Civil Veterinary Department Bihar & Orissa reports 1922-29 - 1922-1929
Year: 1922
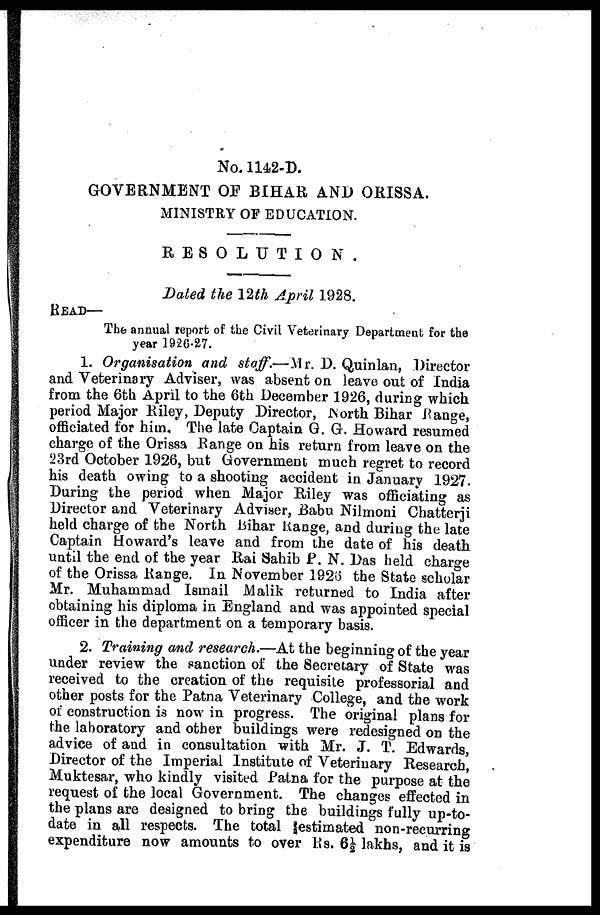
No. 1142-D.
GOVERNMENT OF BIHAR AND ORISSA.
MINISTRY OF EDUCATION.
RESOLUTION.
Dated the 12th April 1928.
READ—
The annual report of the Civil Veterinary Department for the
year 1926-27.
1. Organisation and staff.—Mr. D. Quinlan, Director
and Veterinary Adviser, was absent on leave out of India
from the 6th April to the 6th December 1926, during which
period Major Riley, Deputy Director, North Bihar flange,
officiated for him. The late Captain G. G. Howard resumed
charge of the Orissa Range on his return from leave on the
23rd October 1926, but Government much regret to record
his death owing to a shooting accident in January 1927.
During the period when Major Riley was officiating as
Director and Veterinary Adviser, Babu Nilmoni Chatterji
held charge of the North Bihar Range, and during the late
Captain Howard's leave and from the date of his death
until the end of the year Rai Sahib F. N. Das held charge
of the Orissa Range. In November 1926 the State scholar
Mr. Muhammad Ismail Malik returned to India after
obtaining his diploma in England and was appointed special
officer in the department on a temporary basis.
2. Training and research.—At the beginning of the year
under review the sanction of the Secretary of State was
received to the creation of the requisite professorial and
other posts for the Patna Veterinary College, and the work
of construction is now in progress. The original plans for
the laboratory and other buildings were redesigned on the
advice of and in consultation with Mr. J. T. Edwards,
Director of the Imperial Institute of Veterinary Research,
Muktesar, who kindly visited Patna for the purpose at the
request of the local Government. The changes effected in
the plans are designed to bring the buildings fully up-to-
date in all respects. The total festimated non-recurring
expenditure now amounts to over Rs. 6 1 / 2 lakhs, and it is